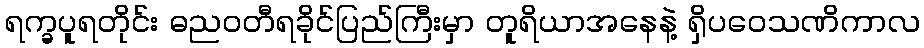
ရက္ခပူရတိုင်း ဓညဝတီရခိုင်ပြည်ကြီးမှာ တူရိယာအနေနဲ့ ရှိပဝေသဏိကာလ